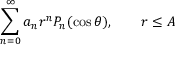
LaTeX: \sum _ { n = 0 } ^ { \infty } a _ { n } r ^ { n } P _ { n } ( \cos \theta ) , \qquad r \leq A